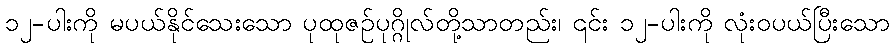
၁၂-ပါးကို မပယ်နိုင်သေးသော ပုထုဇဉ်ပုဂ္ဂိုလ်တို့သာတည်း၊ ၎င်း ၁၂-ပါးကို လုံးဝပယ်ပြီးသော